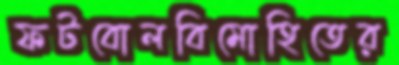
ফটবোলবিমোহিতের